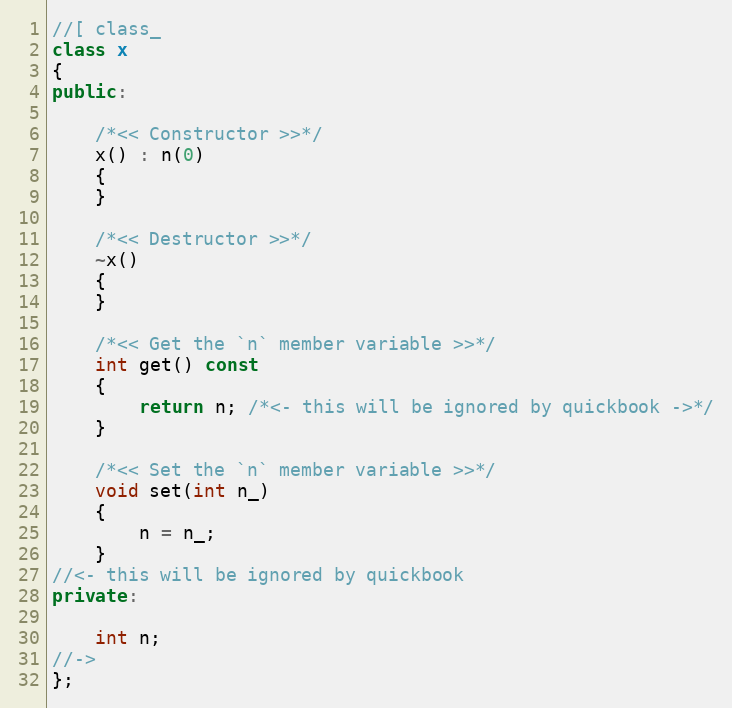
Language: C++
//[ class_
class x
{
public:

    /*<< Constructor >>*/
    x() : n(0)
    {
    }

    /*<< Destructor >>*/
    ~x()
    {
    }

    /*<< Get the `n` member variable >>*/
    int get() const
    {
        return n; /*<- this will be ignored by quickbook ->*/
    }

    /*<< Set the `n` member variable >>*/
    void set(int n_)
    {
        n = n_;
    }
//<- this will be ignored by quickbook
private:

    int n;
//->
};